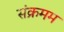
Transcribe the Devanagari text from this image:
संक्रमम